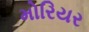
મોરિયર